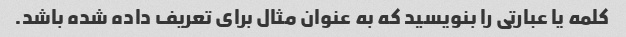
کلمه یا عبارتی را بنویسید که به عنوان مثال برای تعریف داده شده باشد.